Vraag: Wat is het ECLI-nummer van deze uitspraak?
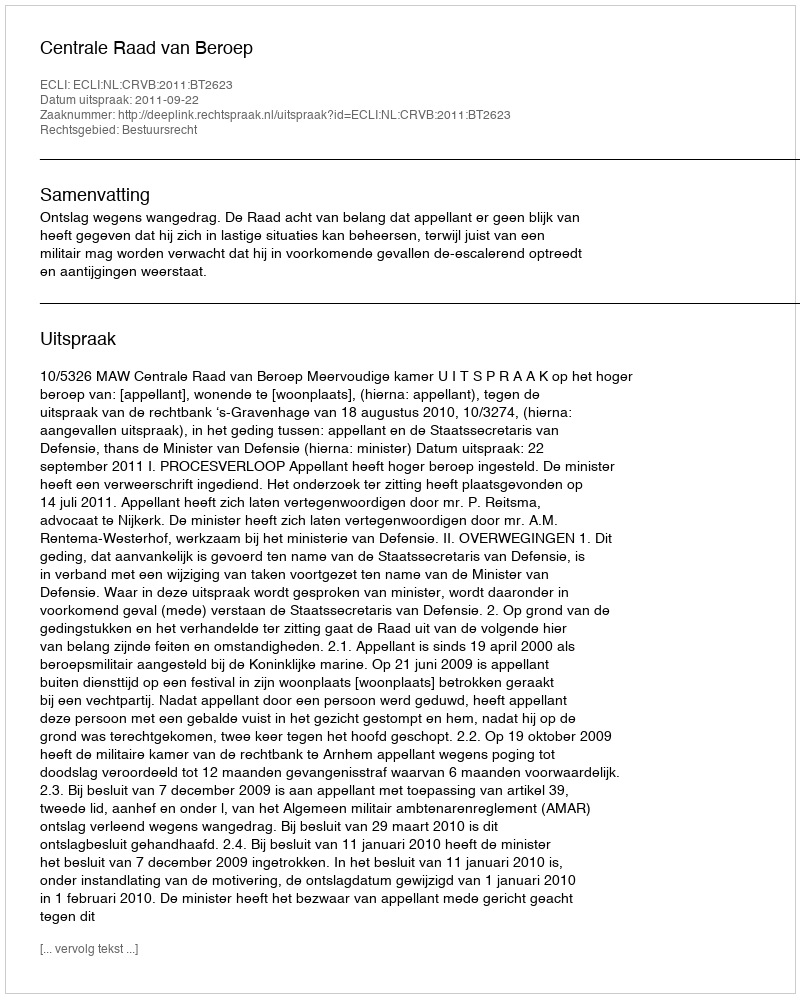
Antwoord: ECLI:NL:CRVB:2011:BT2623